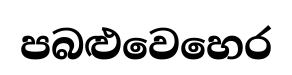
පබළුවෙහෙර